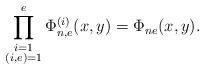
LaTeX: \begin{align*} \prod^e_{\substack{i=1 \\ (i,e)=1}}\Phi_{n,e}^{(i)}(x,y)=\Phi_{ne}(x,y).\end{align*}